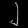
Digit: ၂